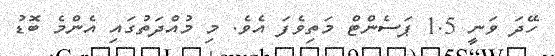
ހޭދަ ވަނީ 1.5 ޕަސެންޓް މަތިވެފަ އެވެ. މި މުއްދަތުގައި އެންމެ ބޮޑު